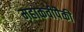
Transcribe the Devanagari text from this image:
महाकवींपैकी